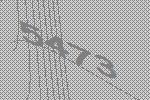
5473